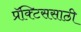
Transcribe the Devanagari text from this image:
प्रॅक्टिससाठी